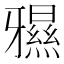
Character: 𱭨